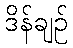
ဒိန်ချဉ်